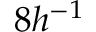
8 h ^ { - 1 }